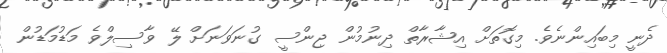
ދެނީ މިބައިންނެވެ. މިގޮތަށް އިޝާރާތް ދިނުމުން ޖިންސީ ގުނަވަނަށް ލޭ ވާސިލްވެ މަޑުމަޑުން